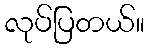
လုပ်ပြတယ်။